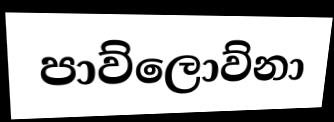
පාව්ලොව්නා